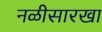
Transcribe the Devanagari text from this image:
नळीसारखा